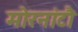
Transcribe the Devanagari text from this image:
मोरनांटौ